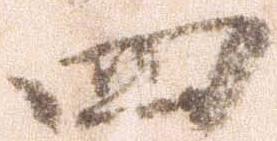
四